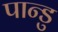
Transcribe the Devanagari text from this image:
पान्डु